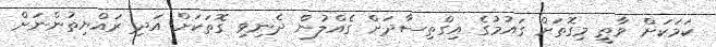
ކަމަކަށް ވާތީ މިގޮތަށް ގައުމުގެ އިގްތިސާދަށް ގެއްލުން ދެނިވި ގޮތަކަށް އަދި ރައްޔިތުންނަށް